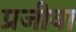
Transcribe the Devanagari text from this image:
प्रजीवा